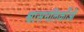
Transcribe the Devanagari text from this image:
श्वासनलिकाँओं